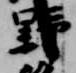
野